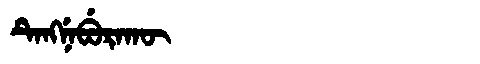
Manchu: ᡨᡝᠩᠨᡝᠪᡠᡵᠠᡴᡡ
Romanization: TENGNEBURAKŪ